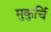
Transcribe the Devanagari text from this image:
मुकुर्चि